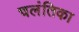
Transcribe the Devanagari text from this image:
चलंतिका